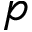
p